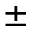
\pm